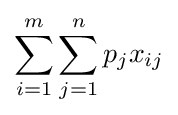
\sum _{i=1}^{m}\sum _{j=1}^{n}p_{j}x_{ij}